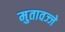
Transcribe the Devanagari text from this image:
मुतावज्जे